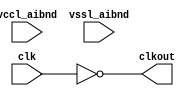
// SPDX-License-Identifier: Apache-2.0
// Copyright (C) 2019 Intel Corporation. All rights reserved
// Verilog HDL and netlist files of
// "aibnd_lib aibnd_inv schematic"

// Netlisted models

// Library - aibnd_lib, Cell - aibnd_inv, View - schematic
// LAST TIME SAVED: Apr 22 17:45:05 2015
// NETLIST TIME: May 11 08:38:23 2015
//`timescale 1ns / 1ns 

module aibnd_inv ( clkout, clk, vccl_aibnd, vssl_aibnd );

output  clkout;

input  clk, vccl_aibnd, vssl_aibnd;

// List of primary aliased buses

/*
specify 
    specparam CDS_LIBNAME  = "aibnd_lib";
    specparam CDS_CELLNAME = "aibnd_inv";
    specparam CDS_VIEWNAME = "schematic";
endspecify
*/

assign clkout = ~clk ; 

endmodule


// End HDL models